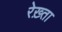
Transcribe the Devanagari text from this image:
रेख़्ता